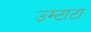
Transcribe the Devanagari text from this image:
उम्टाटा